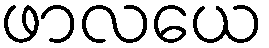
ဖာလယေ